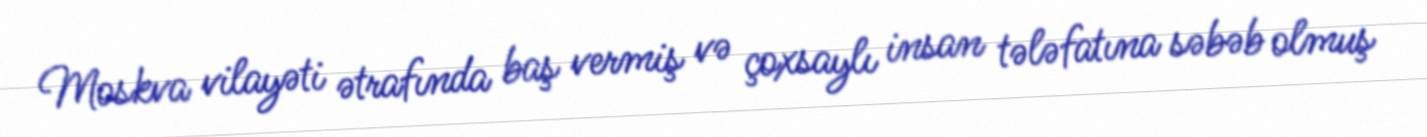
Moskva vilayəti ətrafında baş vermiş və çoxsaylı insan tələfatına səbəb olmuş